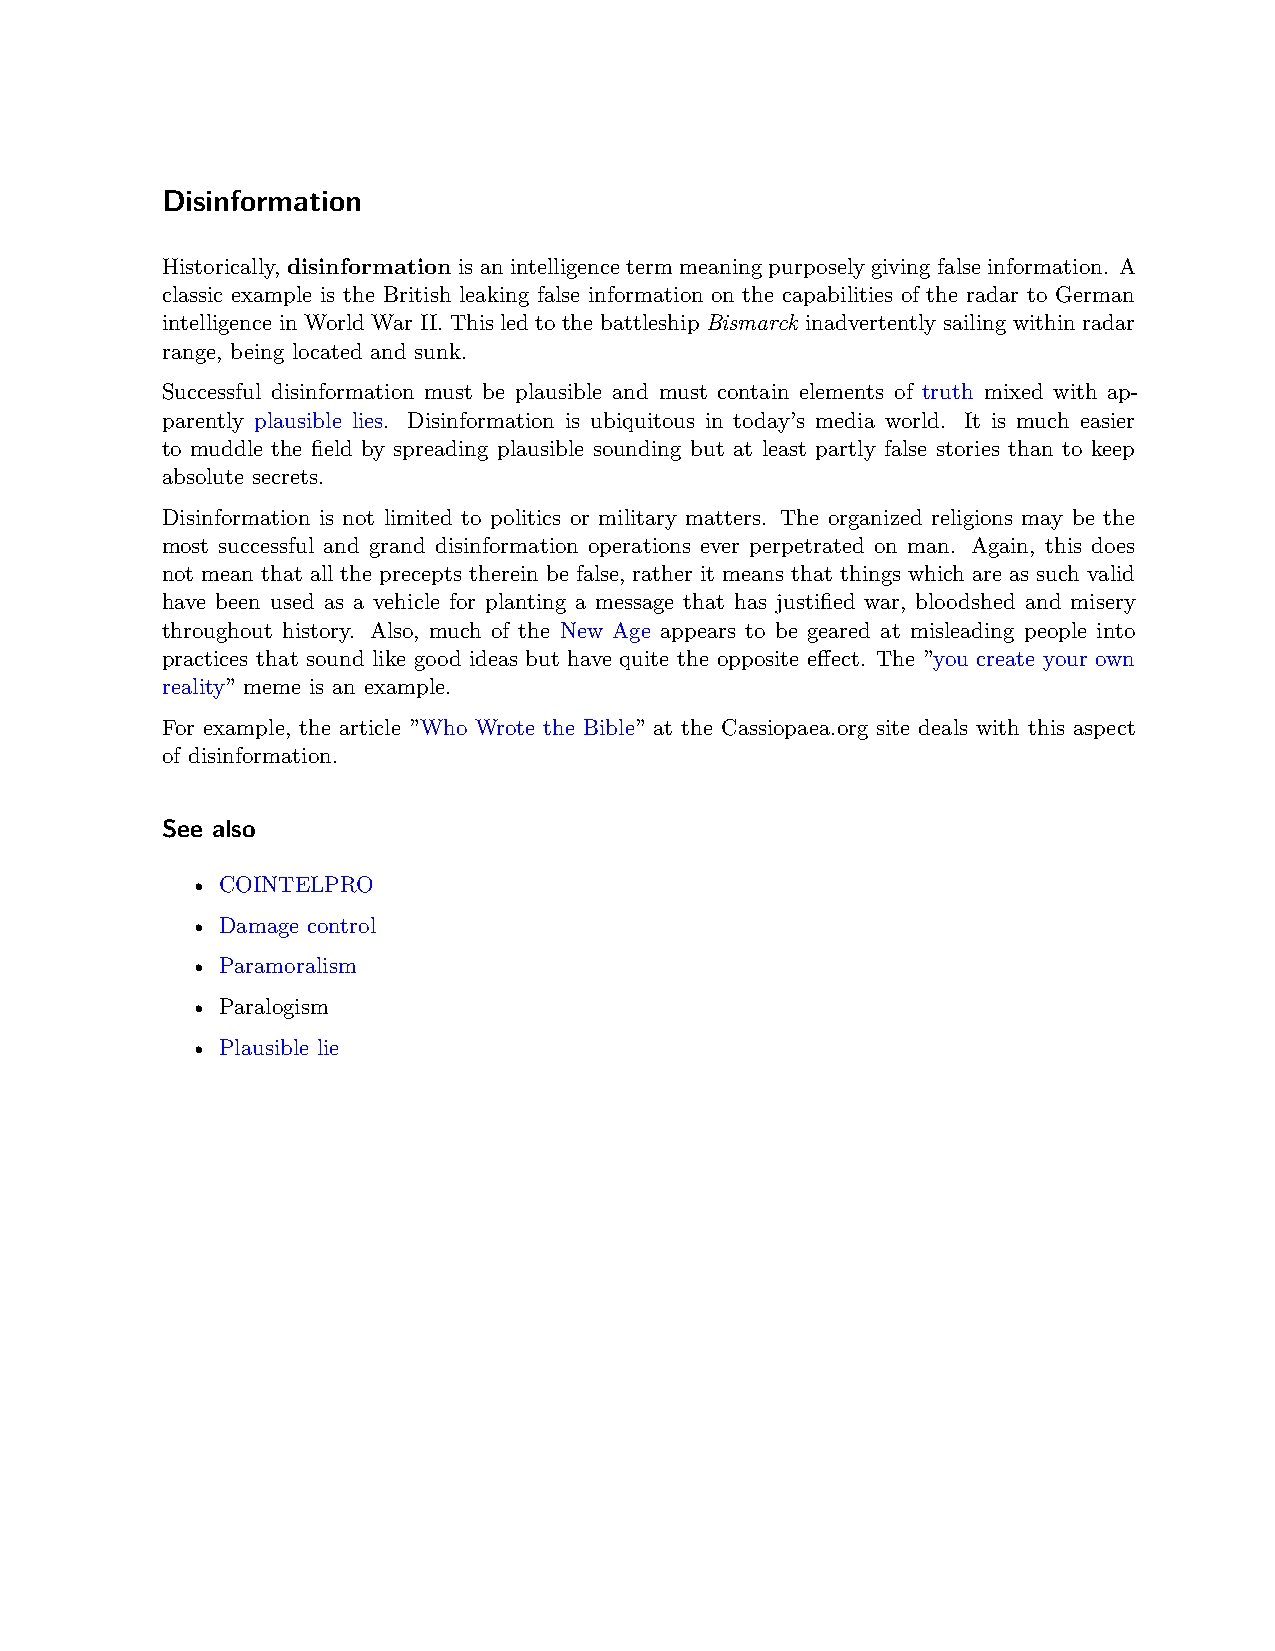
Disinformation
 Historically, disinformationisanintelligencetermmeaningpurposelygivingfalseinformation. A
 classic example is the British leaking false information on the capabilities of the radar to German
 intelligence in World War II. This led to the battleship Bismarck inadvertently sailing within radar
 range, being located and sunk.
 Successful disinformation must be plausible and must contain elements of truth mixed with ap-
 parently plausible lies. Disinformation is ubiquitous in today’s media world. It is much easier
 to muddle the field by spreading plausible sounding but at least partly false stories than to keep
 absolute secrets.
 Disinformation is not limited to politics or military matters. The organized religions may be the
 most successful and grand disinformation operations ever perpetrated on man. Again, this does
 not mean that all the precepts therein be false, rather it means that things which are as such valid
 have been used as a vehicle for planting a message that has justified war, bloodshed and misery
 throughout history. Also, much of the New Age appears to be geared at misleading people into
 practices that sound like good ideas but have quite the opposite effect. The ”you create your own
 reality” meme is an example.
 For example, the article ”Who Wrote the Bible” at the Cassiopaea.org site deals with this aspect
 of disinformation.
 See also
 • COINTELPRO
 • Damage control
 • Paramoralism
 • Paralogism
 • Plausible lie